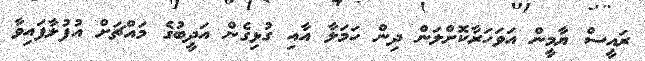
ރައީސް ޔާމީން އަވަހަރާކޮށްލަން ދިން ހަމަލާ އާއި ގުޅިގެން އަދީބުގެ މައްޗަށް އުފުލާފައިވާ